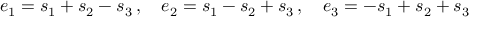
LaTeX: e _ { 1 } = s _ { 1 } + s _ { 2 } - s _ { 3 } \, , \quad e _ { 2 } = s _ { 1 } - s _ { 2 } + s _ { 3 } \, , \quad e _ { 3 } = - s _ { 1 } + s _ { 2 } + s _ { 3 }